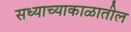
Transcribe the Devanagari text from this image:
सध्याच्याकाळातील